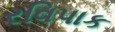
રવિપાક